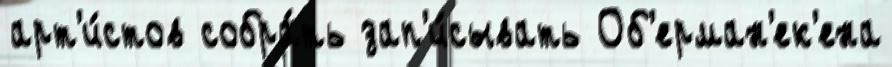
арт'и́стов собра́ть зап'и́сывать Об'ерман'ек'ена